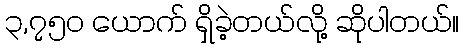
၃,၇၅၀ ယောက် ရှိခဲ့တယ်လို့ ဆိုပါတယ်။